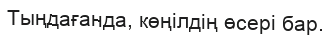
Тыңдағанда, көңілдің өсері бар.